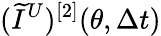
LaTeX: (\widetilde{I}^{U})^{[2]}(\theta,\Delta t)